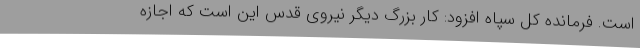
است. فرمانده کل سپاه افزود: کار بزرگ دیگر نیروی قدس این است که اجازه